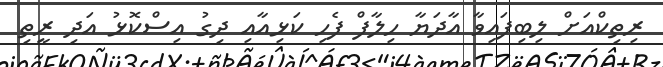
ރިތިކްއަށް ލިބިފައިވާ އާދަޔާ ހިލާފް ފެހި ކަޅިއާއި ދިގު އިސްކޮޅު އަދި ރީތި